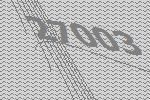
27003